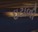
ઇટાળી